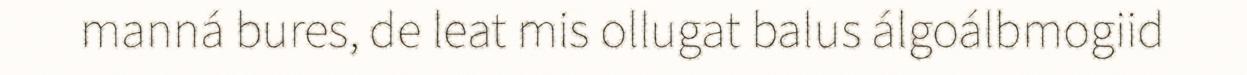
manná bures, de leat mis ollugat balus álgoálbmogiid